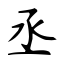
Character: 丞